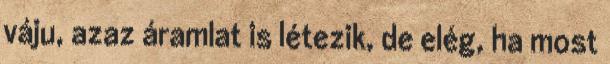
váju, azaz áramlat is létezik, de elég, ha most